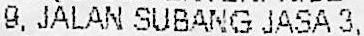
9, JALAN SUBANG JASA 3,